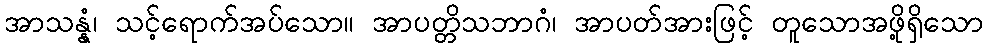
အာသန္နံ၊ သင့်ရောက်အပ်သော။ အာပတ္တိသဘာဂံ၊ အာပတ်အားဖြင့် တူသောအဖို့ရှိသော